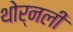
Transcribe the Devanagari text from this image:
थोर्नली